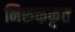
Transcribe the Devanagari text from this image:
निरुक्तकृत